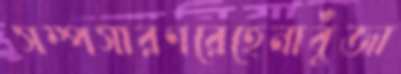
সম্পসারণরেহেনাবুঁজা